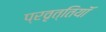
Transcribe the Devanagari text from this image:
प्रवृत्तियॉं